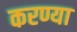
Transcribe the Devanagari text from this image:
करण्या